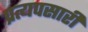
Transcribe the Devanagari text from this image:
प्रत्यपसारी